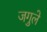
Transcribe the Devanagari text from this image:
जगुले